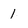
Character: 1